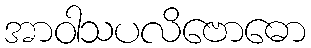
အာဝါသပလိဗောဓော